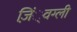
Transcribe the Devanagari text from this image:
ज़िं्वग्ली